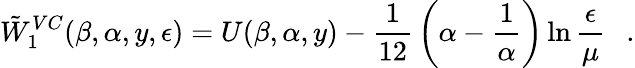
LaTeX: \tilde{W}_{1}^{VC}(\beta,\alpha,y,\epsilon)=U(\beta,\alpha,y)-{\frac{1}{12}}\left(\alpha-{\frac{1}{\alpha}}\right)\ln{\frac{\epsilon}{\mu}}{}~~~.